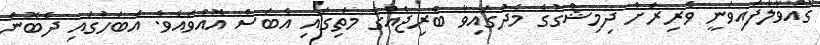
ގޮއްވާލާފައިވަނީ ވެރިރަށް ދިމިޝްގުގެ މެދުގައިވާ ބްރިޖެއްގެ މަތިގައި އެބަސް އޮއްވައެވެ. އެބަހުގައި ދެބޮން